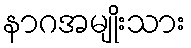
နာဂအမျိုးသား